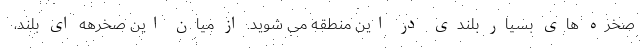
صخره های بسیار بلندی در این منطقه می شوید. از میان این صخرهه ای بلند،